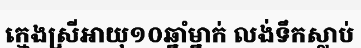
ក្មេងស្រីអាយុ១០ឆ្នាំម្នាក់ លង់ទឹកស្លាប់